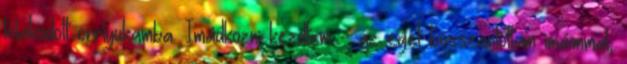
tolakodott orrlyukamba. Imádkozni kezdtem - az eget bosszantottam imáimmal,